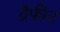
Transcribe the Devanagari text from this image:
ग्रैफीन